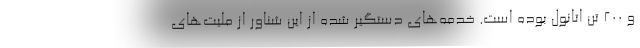
و ۲۰۰ تن اتانول بوده است. خدمه‌های دستگیر شده از این شناور از ملیت‌های